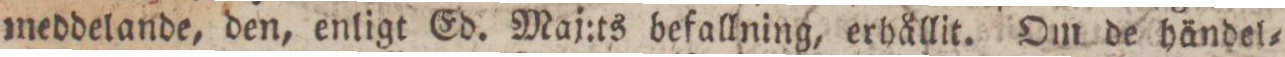
meddelande, den, enligt Ed. Maj:ts befallning, erhållit. Om de händel=